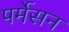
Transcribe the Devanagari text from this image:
पर्मेसन